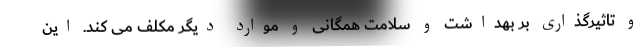
و تاثیرگذاری بر بهداشت و سلامت همگانی و موارد دیگر مکلف می کند. این